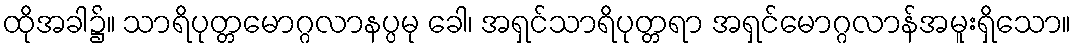
ထိုအခါ၌။ သာရိပုတ္တမောဂ္ဂလာနပ္ပမု ခေါ၊ အရှင်သာရိပုတ္တရာ အရှင်မောဂ္ဂလာန်အမူးရှိသော။